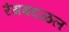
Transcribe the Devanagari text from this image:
रंगबदळल